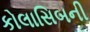
કોલાસિબની